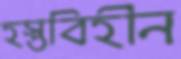
হস্তবিহীন